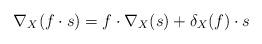
LaTeX: \begin{align*}\nabla_{X} (f\cdot s) = f\cdot \nabla_{X}(s) + \delta_{X}(f)\cdot s\end{align*}